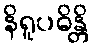
နိရူပဓိန္တိ